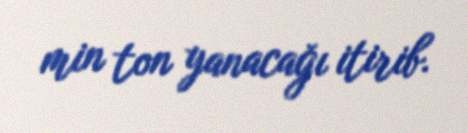
min ton yanacağı itirib.